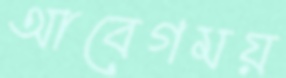
আবেগময়